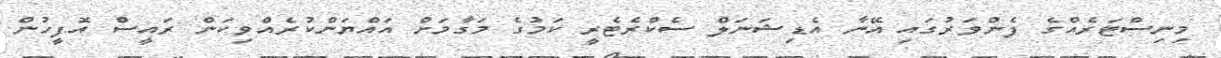
މިނިސްޓަރެއްގެ ފެންވަރުގައި އޭނާ އެޑިޝަނަލް ސެކްރެޓެރީ ކަމުގެ މަގާމަށް އައްޔަންކުރެއްވިކަން ރައީސް އޮފީހުން